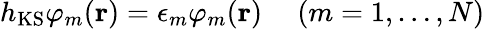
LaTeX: h_{\mathrm{KS}}\varphi_{m}(\textbf{r})=\epsilon_{m}\varphi_{m}(\textbf{r})~~~~~(m=1,\ldots,N)